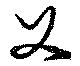
父